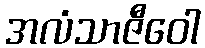
အလံသာဇီဝေါ